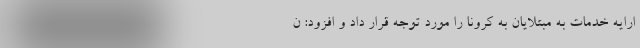
ارایه خدمات به مبتلایان به کرونا را مورد توجه قرار داد و افزود: ن